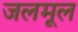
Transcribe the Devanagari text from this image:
जलमूल